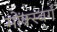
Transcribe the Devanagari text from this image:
मोंक्स्बर्ग